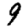
Digit: 9